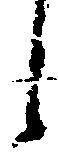
し